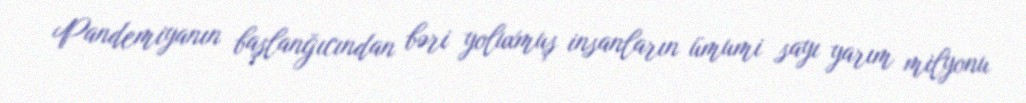
Pandemiyanın başlanğıcından bəri yoluxmuş insanların ümumi sayı yarım milyonu